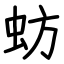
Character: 蚄